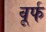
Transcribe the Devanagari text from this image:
वूर्फ